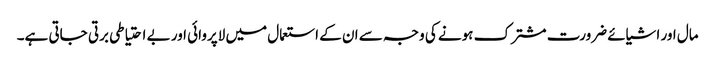
مال اور اشیائے ضرورت مشترک ہونے کی وجہ سے ان کے استعمال میں لاپروائی اور بے احتیاطی برتی جاتی ہے۔